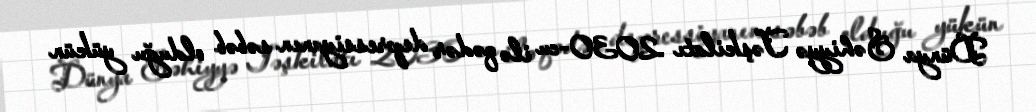
Dünya Səhiyyə Təşkilatı 2030-cu ilə qədər depressiyanın səbəb olduğu yükün